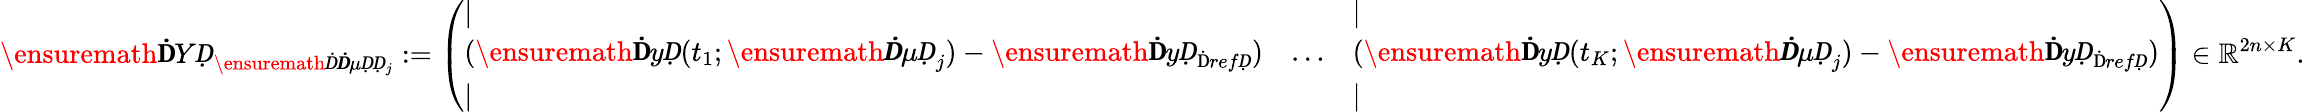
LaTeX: \ensuremath{\mathbf ḊYḌ}_{\ensuremath Ḋ\boldsymbol Ḋ\mu ḌḌ_{j}}:=\left(\begin{array}{lll}{|}&&{|}\\ {(\ensuremath{\mathbf ḊyḌ}(t_{1};\ensuremath{\boldsymbol Ḋ\mu Ḍ}_{j})-\ensuremath{\mathbf ḊyḌ}_{\mathrm{Ḋ}refḌ})}&{\dots}&{(\ensuremath{\mathbf ḊyḌ}(t_{K};\ensuremath{\boldsymbol Ḋ\mu Ḍ}_{j})-\ensuremath{\mathbf ḊyḌ}_{\mathrm{Ḋ}refḌ})}\\ {|}&&{|}\end{array}\right)\in\mathbb{R}^{2n\times K}.